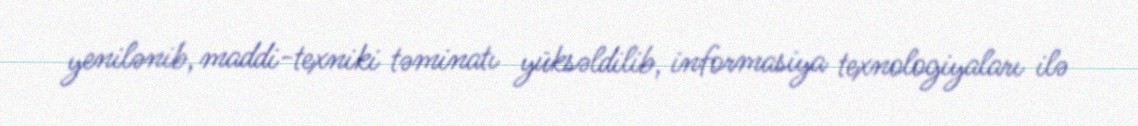
yenilənib, maddi-texniki təminatı yüksəldilib, informasiya texnologiyaları ilə